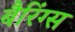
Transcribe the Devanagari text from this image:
बैरिंग्स